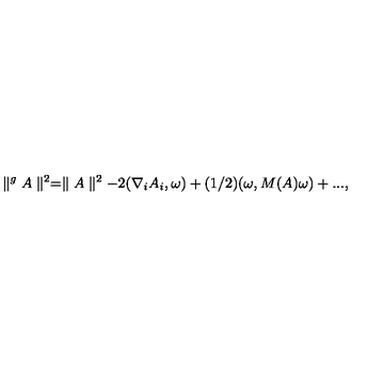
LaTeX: \parallel ^ { g } A \parallel ^ { 2 } = \parallel A \parallel ^ { 2 } - 2 ( \nabla _ { i } A _ { i } , \omega ) + ( 1 / 2 ) ( \omega , M ( A ) \omega ) + . . . ,